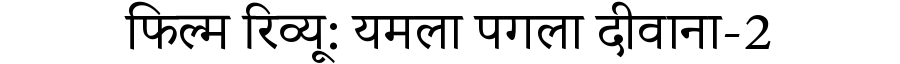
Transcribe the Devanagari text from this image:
फिल्म रिव्यू: यमला पगला दीवाना-2